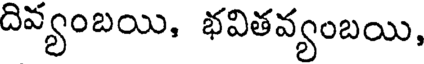
దివ్యంబయి, భవితవ్యంబయి,